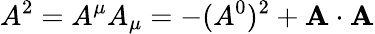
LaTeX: A^{2}=A^{\mu}A_{\mu}=-(A^{0})^{2}+\mathbf{A}\cdot\mathbf{A}